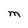
Character: M